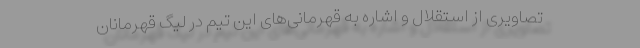
تصاویری از استقلال و اشاره به قهرمانی‌های این تیم در لیگ قهرمانان